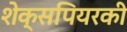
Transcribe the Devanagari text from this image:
शेक्सपियरकी